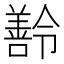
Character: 𬙽